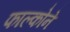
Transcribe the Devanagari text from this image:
फाल्कोने